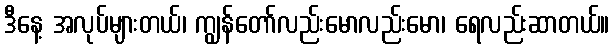
ဒီနေ့ အလုပ်များတယ်၊ ကျွန်တော်လည်းမောလည်းမော၊ ရေလည်းဆာတယ်။